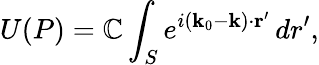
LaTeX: U(P)=\mathbb{C}\int_{S}e^{i(\mathbf{{k}}_{0}-\mathbf{{k}})\cdot\mathbf{{r}}^{\prime}}\, dr^{\prime},